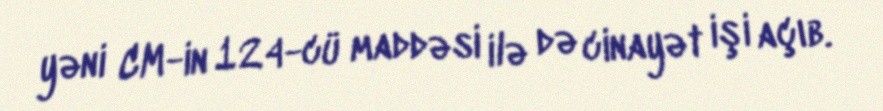
yəni CM-in 124-cü maddəsi ilə də cinayət işi açıb.